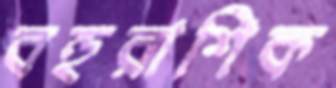
বহুরাশিক